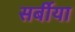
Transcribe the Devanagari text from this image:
सर्बीया